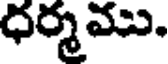
ధర్మము.